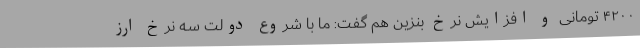
۴۲۰۰ تومانی و افزایش نرخ بنزین هم گفت: ما با شروع دولت سه نرخ ارز